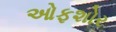
ઓફશોર